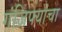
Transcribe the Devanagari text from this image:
गंजिफ्यांचा